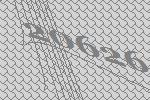
20626